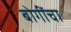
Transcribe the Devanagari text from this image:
बोगींचा